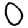
Digit: 0